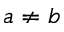
a \neq b